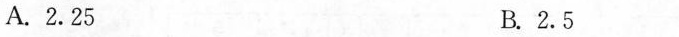
A.2.25 B.2.5